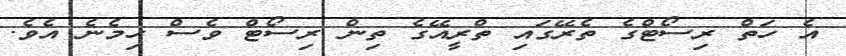
އެ ހަތް ރިސޯޓްގެ ތެރޭގައި ތްރީއޭގެ ތިން ރިސޯޓް ވެސް ހިމެނެ އެވެ.